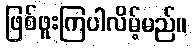
ဖြစ်ဖူးကြပါလိမ့်မည်။